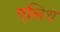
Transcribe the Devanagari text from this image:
एलिथ